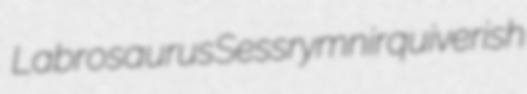
Labrosaurus Sessrymnir quiverish